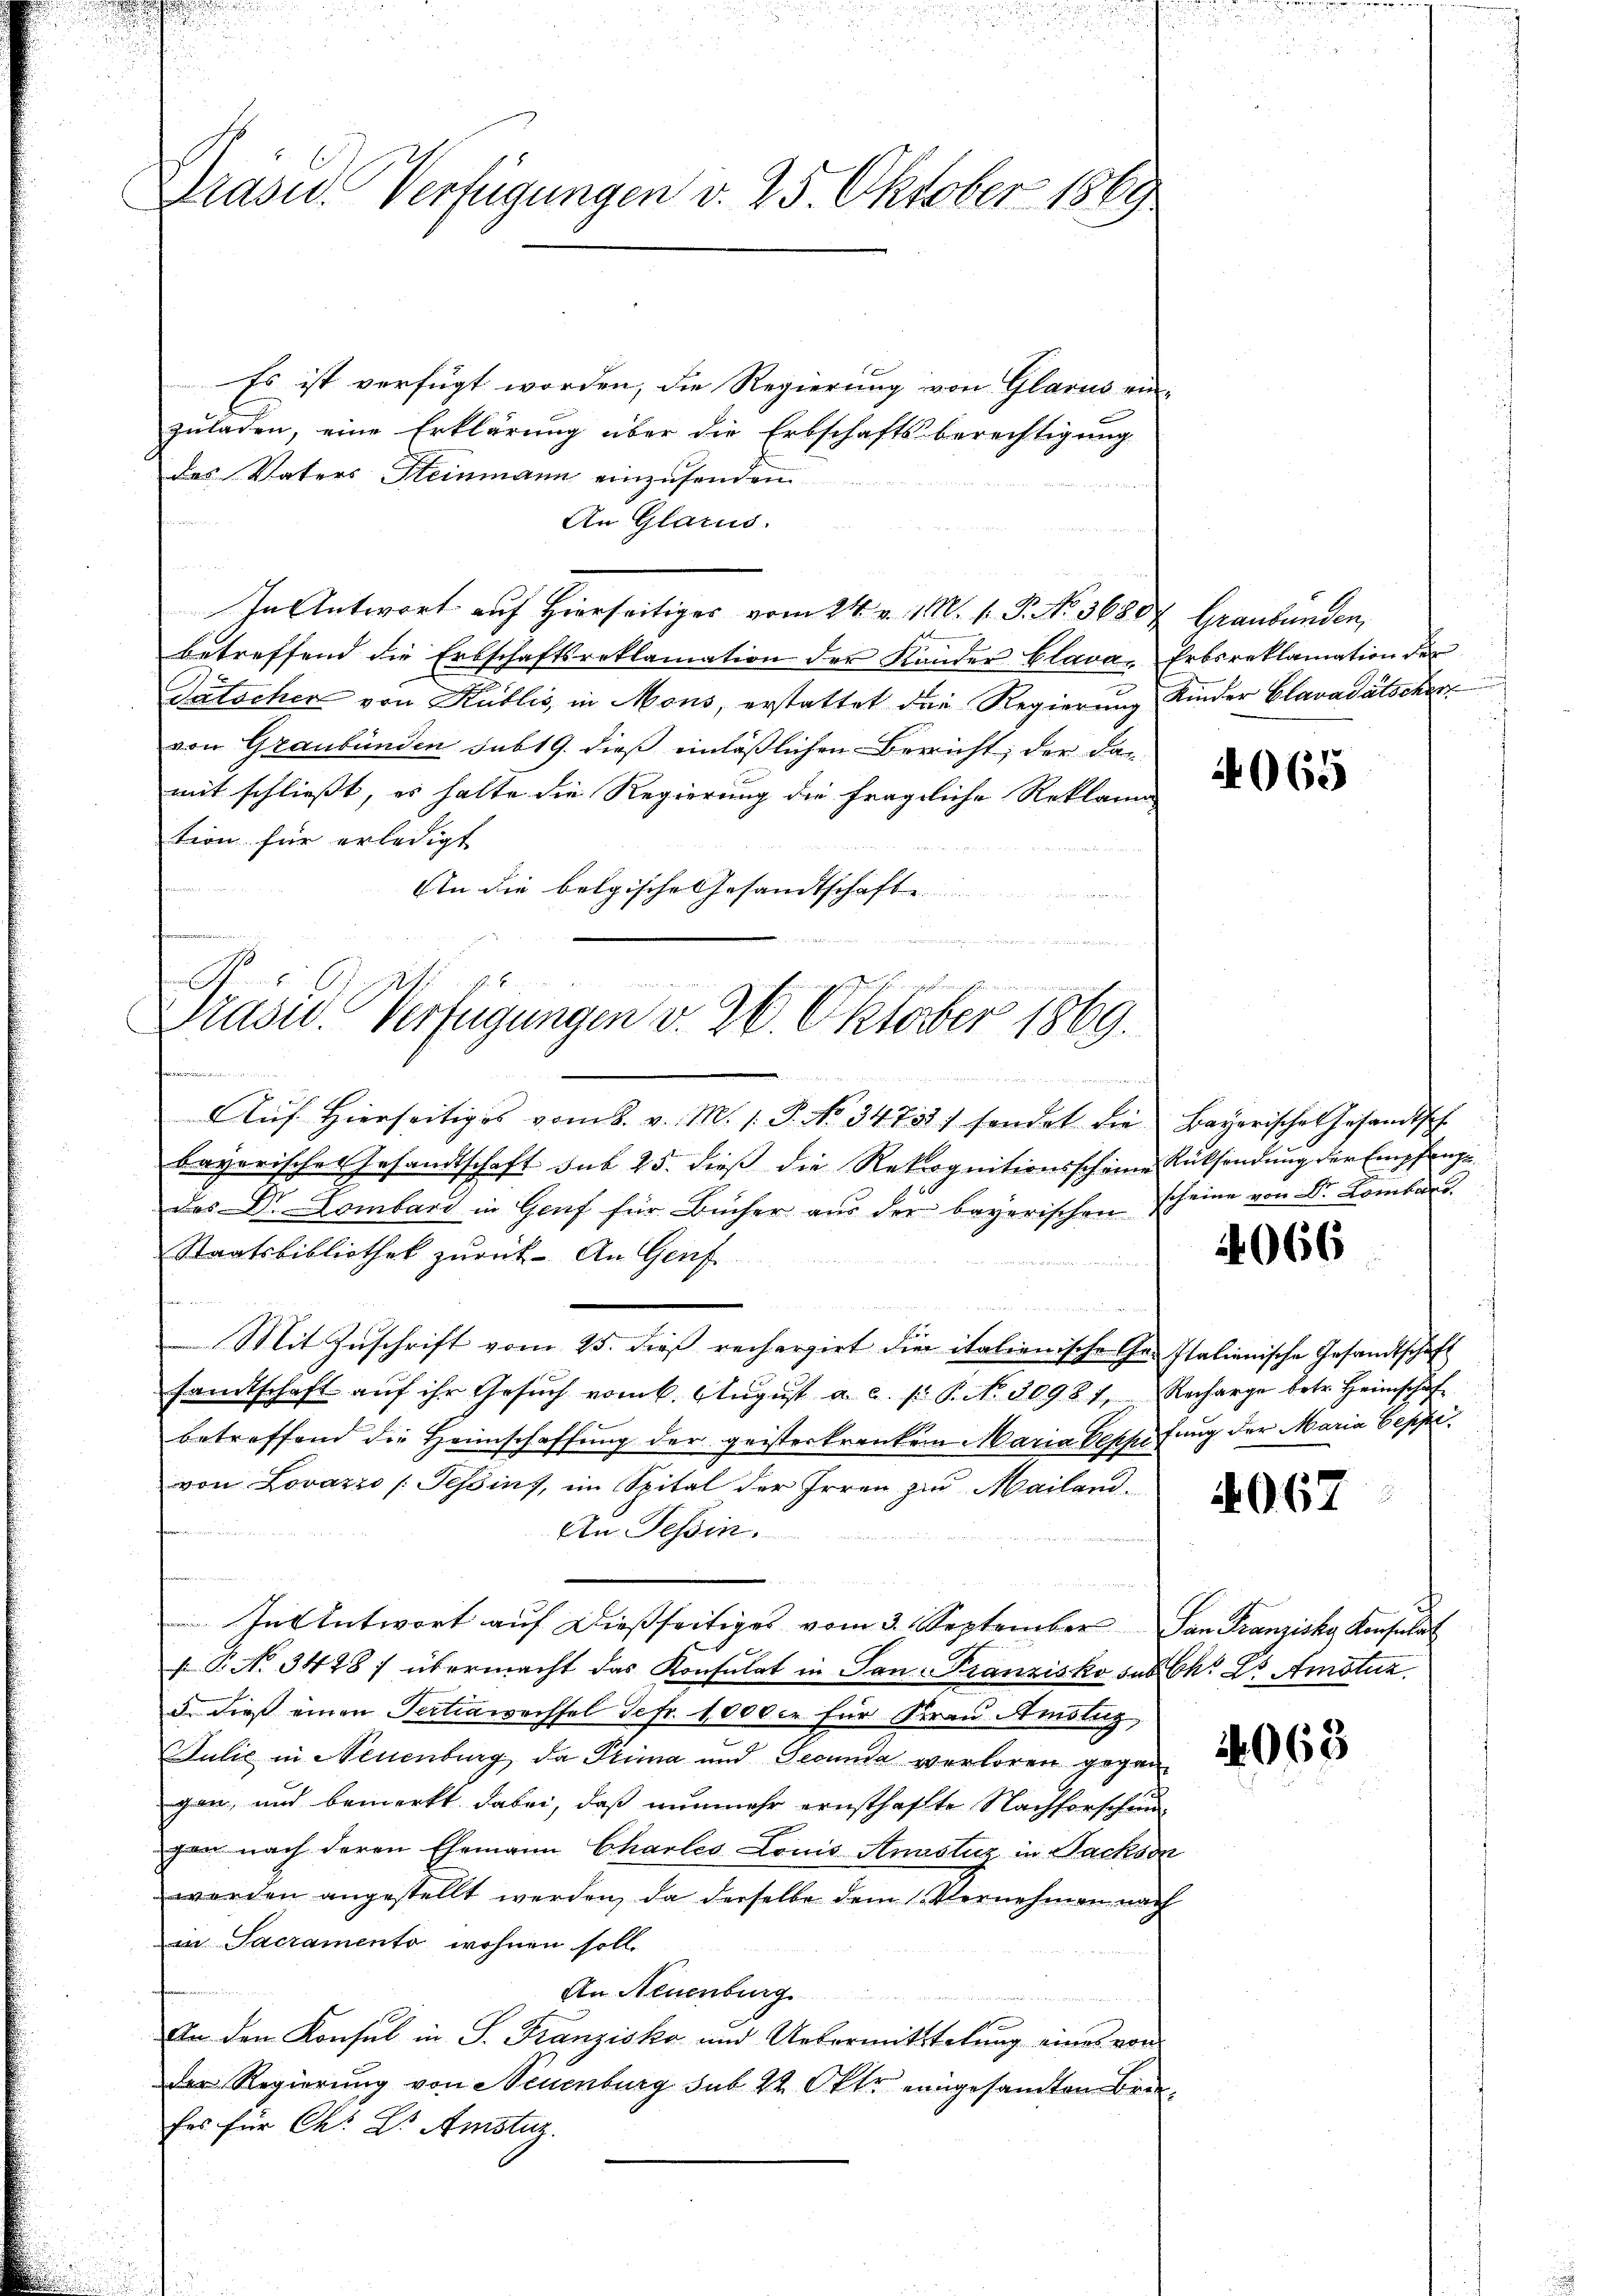
Brasis. Verfügungen v. 25. Oktober 1869

Es ist verfügt worden, die Regierung von Glarus ein-
zuladen, eine Erklärung über die Erbschaftsberechtigung
des Vaters Steinmann einzusenden.
An Glarus.
In Antwort auf Hierseitiges vom 24. v. 1. 1. P. No. 3680x Graubünden,
betreffend die Erbschaftsreklamation der Kander Clava, Erbsreklamation der
Patscher von Kublis, in Mons, erstattet die Regierung Kinder Clavadätscher
von Graubünden subt 9. dieß einläßlichen Bericht, der das
mit schließt, es halte die Regierung die fragliche Reklama
Bern für erledigt
An die belgische Gesandtschaft
u
dlische wie derarten werden uns aus war in der

n
d
rasu. Verfügungen v. 26. Oktober 1869.

wie de des

Aŭf Hierseitiges vom 8. v. M. s. S. No 3473) sendet die Bayerisches Gesandtsch
bayerisches Gesandtschaft sub 25. dieß die Rekognitionsscheine Rücksendung der Empfangedes Dr. Lombard in Genf für Bücher aŭs der bayerischen scheine von Dr Lombars.
Staatsbibliothek zurück- An Genf
Mit Zuschrift vom 25. dieß rechargirt die italienische Ge- Italienische Gesandtschaft
sandtschaft aŭf ihr Gesŭch vom k. Aŭgŭst a. c. s. Bd. 30981, Recharge betr. Heimschaf
betreffend die Heimschaffung der geisterkranken Maria besse fung der Maria Gesp
von Lovazzo (Tessins, im Spital der Irren zur Mailand¬
An Tessin.
In Antwort auf dießseitiges vom 3. September San Franziska Konsulat
 P. No. 3478) übermacht das Konsulat in San Franzisko sub Ch. L. Amotua
d. dieß einen Pertiawechsel Sefr. 1000 er für Frau Amsluz,
Julić in Neuenburg, da Picina und Secunda verloren gegen
gen, und bemerkt dabei, daß nunmehr ernsthaffte Nachforschunhen nach deren Ehemann Charles Louis Anastiz in Sachson
worden angestellt werden, da derselbe dem Vernehmen nach
in Sacramento wohnen soll.
An Neuenburg
d
An den Konsul in S. Franziska und Uebermittelung eines von
der Regierung von Neuenburg sub 22 Oktor eingesandten Briefes für Chr. Dr. Amstuz.

4065

4066

4067

063